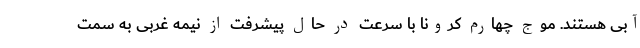
آبی هستند. موج چهارم کرونا با سرعت در حال پیشرفت از نیمه غربی به سمت